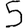
Digit: 5